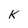
Character: K